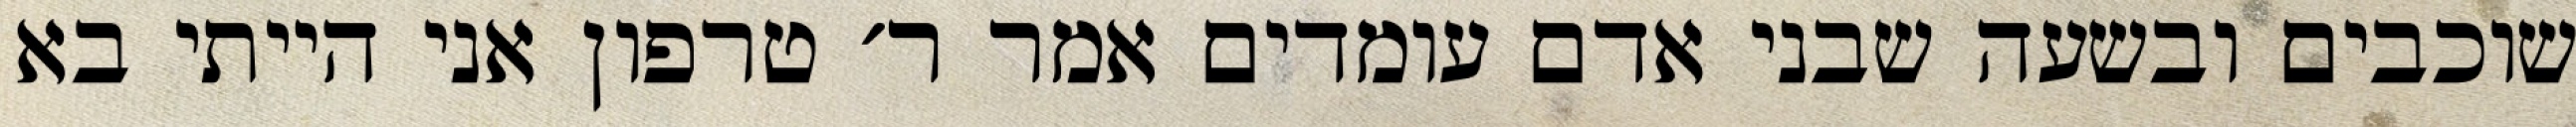
שוכבים ובשעה שבני אדם עומדים אמר ר׳ טרפון אני הייתי בא